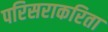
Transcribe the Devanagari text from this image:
परिसराकरिता